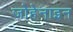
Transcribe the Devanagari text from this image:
जोहेनाइन